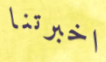
اخبرتنا